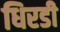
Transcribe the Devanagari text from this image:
धिरडी